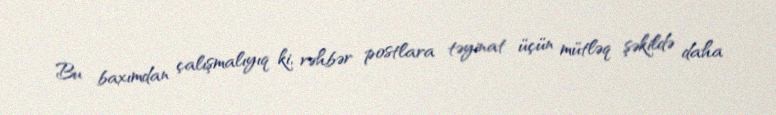
Bu baxımdan çalışmalıyıq ki, rəhbər postlara təyinat üçün mütləq şəkildə daha